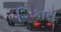
િકાસ